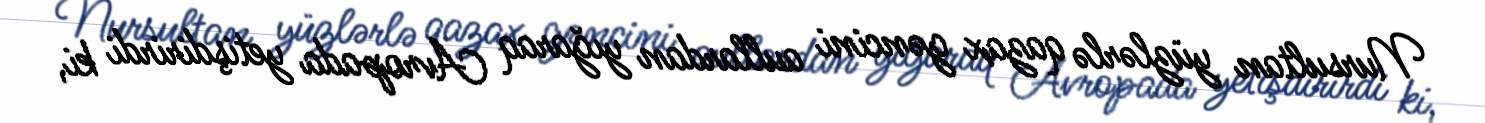
Nursultan yüzlərlə qazax gəncini aullardan yığaraq Avropada yetişdirirdi ki,